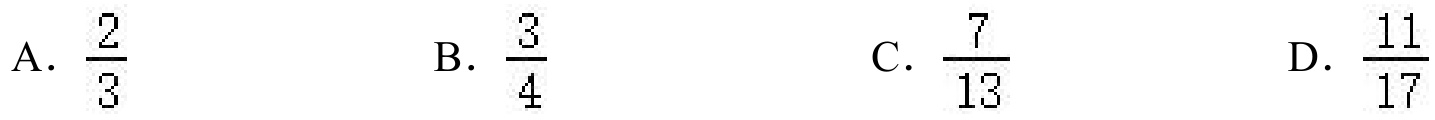
A. \(\frac{2}{3}\)
B. \(\frac{3}{4}\)
C. \(\frac{7}{13}\)
D. \(\frac{11}{17}\)